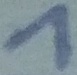
Text: 1